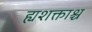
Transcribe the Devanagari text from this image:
ह्यशक्ताश्च